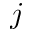
j